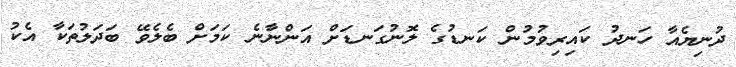
ދުނިޔެއާ ހަނދު ކައިރިވުމުން ކަނޑުގެ ލޮނުގަނޑަށް އަންނާނެ ކަމަށް ބެލެވޭ ބަދަލުތަކާ އެކު